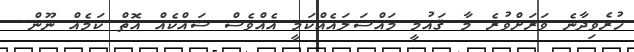
ހުރެވިދާނެ ވަރަށްވުރެ މާ ޤައުމީ މައްސަލައެއްކަމީ އެއްވެސް ޝައްކެއް އޮތް ކަމެއް ނޫން.